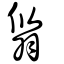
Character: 𦐻